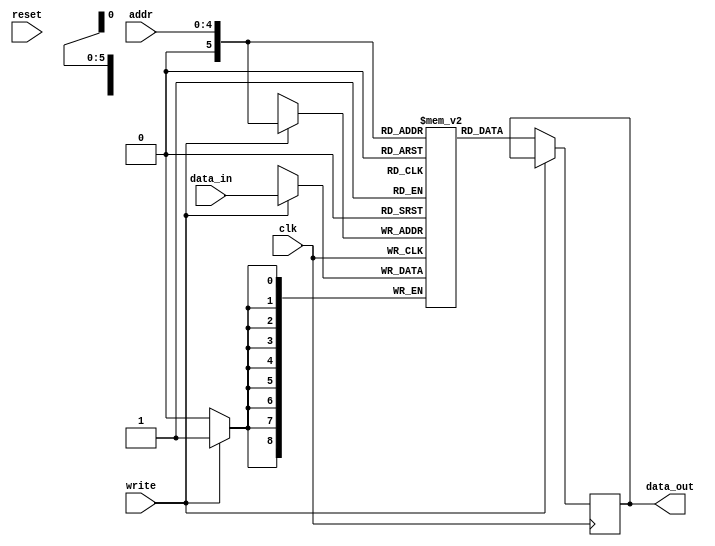
// Code your design here
module memory(
  input clk,
  input reset,
  input write,
  input [8:0]data_in,
  input [4:0]addr,
  output reg [8:0]data_out);
  
  reg [8:0]ram[32:0];
  always @(posedge clk) begin
     if(write)
      ram[addr]<=data_in;
    else
      data_out<=ram[addr];
  end
endmodule